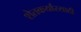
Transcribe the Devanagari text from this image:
शेतकर्यारसाठी